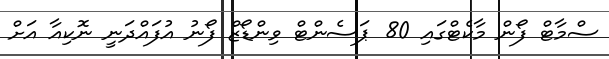
ސްމާޓް ފޯން މާކެޓްގައި 80 ޕަސެންޓް ވިންޑޯޒް ފޯނު އުފައްދަނީ ނޮކިއާ އަށް